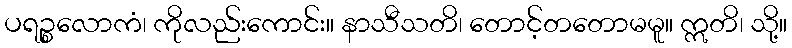
ပရဉ္စလောကံ၊ ကိုလည်းကောင်း။ နာသီသတိ၊ တောင့်တတောမမူ။ ဣတိ၊ သို့။